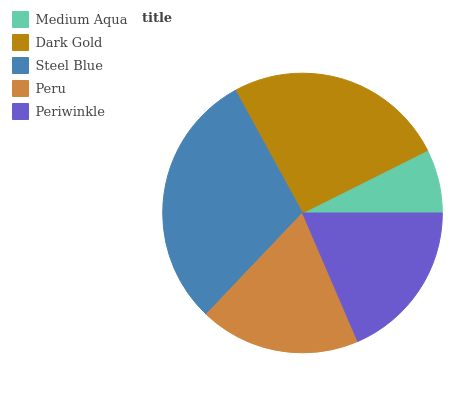
| Medium Aqua | Dark Gold | Steel Blue | Peru | Periwinkle |
 | --- | --- | --- | --- | --- |
 | 7.38% | 25.6% | 29.9% | 18.6% | 18.5% |